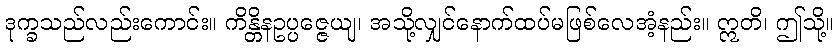
ဒုက္ခသည်လည်းကောင်း။ ကိန္တိနဥပ္ပဇ္ဇေယျ၊ အသို့လျှင်နောက်ထပ်မဖြစ်လေအံ့နည်း။ ဣတိ၊ ဤသို့။